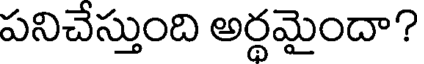
పనిచేస్తుంది అర్థమైందా?